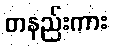
တနည်းကား